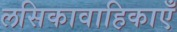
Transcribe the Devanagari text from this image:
लसिकावाहिकाएँ